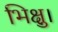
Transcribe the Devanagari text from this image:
भिक्षु।